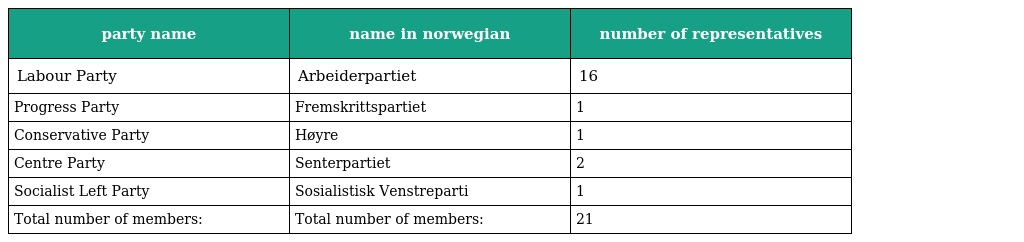
| party name | name in norwegian | number of representatives |
 | --- | --- | --- |
 | Labour Party | Arbeiderpartiet | 16 |
 | Progress Party | Fremskrittspartiet | 1 |
 | Conservative Party | Høyre | 1 |
 | Centre Party | Senterpartiet | 2 |
 | Socialist Left Party | Sosialistisk Venstreparti | 1 |
 | Total number of members: | Total number of members: | 21 |